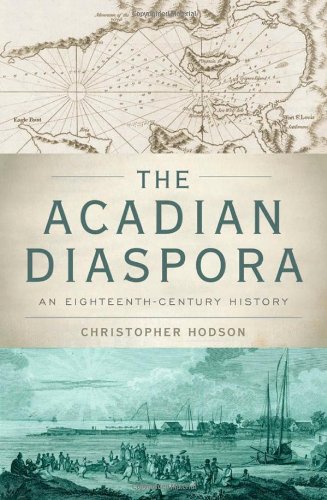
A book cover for The Acadian Diaspora: An Eighteenth-Century History (Oxford Studies in International History); Christopher Hodson; History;